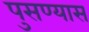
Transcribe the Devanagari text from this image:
पुसण्यास